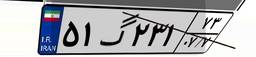
۵۱گ۲۳۱۷۳